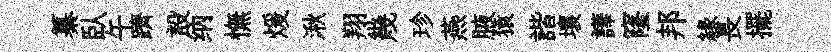
纂臥午躋設纳憮煖湫翔幾珍燕腋猿諧壤譁窿邦縁長擺